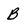
Character: B